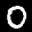
Label: 0